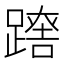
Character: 𨄘